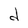
Character: d